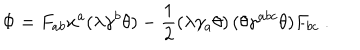
\Phi = F _ { a b } x ^ { a } ( \lambda \gamma ^ { b } \theta ) - \frac { 1 } { 2 } \left( \lambda \gamma _ { a } \theta \right) ( \theta \gamma ^ { a b c } \theta ) F _ { b c } \ .